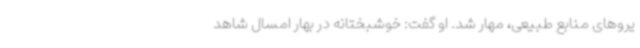
یروهای منابع طبیعی، مهار شد. او گفت: خوشبختانه در بهار امسال شاهد